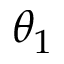
\theta _ { 1 }